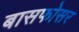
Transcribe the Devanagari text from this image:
बासफोसर